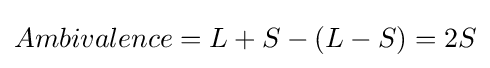
Ambivalence=L+S-(L-S)=2S